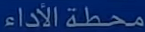
محطةالأداء